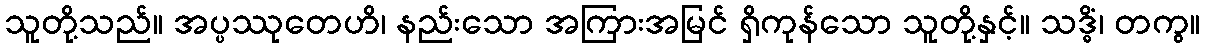
သူတို့သည်။ အပ္ပဿုတေဟိ၊ နည်းသော အကြားအမြင် ရှိကုန်သော သူတို့နှင့်။ သဒ္ဓိံ၊ တကွ။